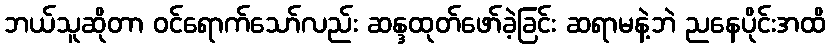
ဘယ်သူဆိုတာ ဝင်ရောက်သော်လည်း ဆန္ဒထုတ်ဖော်ခဲ့ခြင်း ဆရာမနဲ့ဘဲ ညနေပိုင်းအထိ